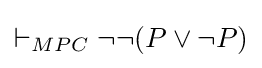
\vdash _{MPC}\neg \neg (P\lor \neg P)